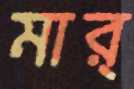
মার্